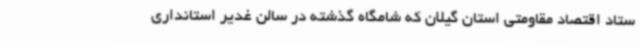
ستاد اقتصاد مقاومتی استان گیلان که شامگاه گذشته در سالن غدیر استانداری